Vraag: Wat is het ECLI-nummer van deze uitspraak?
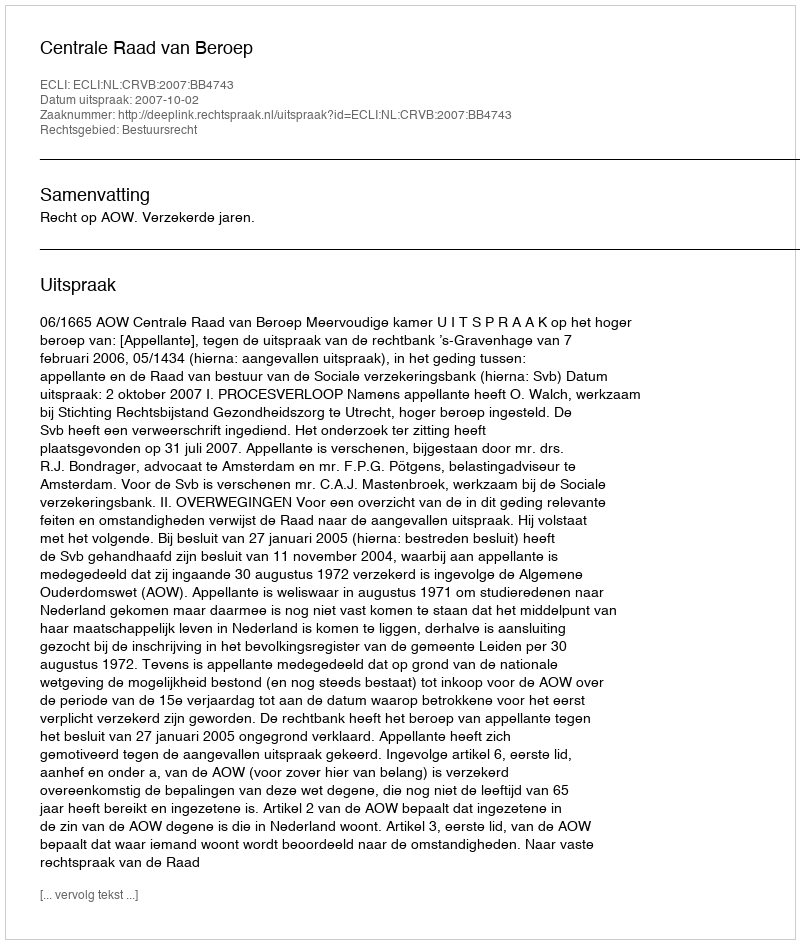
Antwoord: ECLI:NL:CRVB:2007:BB4743